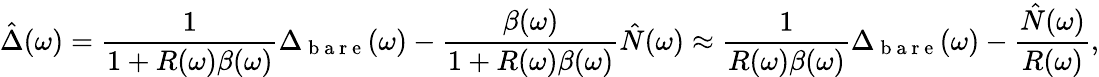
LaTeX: \hat{\Delta}(\omega)=\frac{1}{1+R(\omega)\beta(\omega)}\Delta_{\mathrm{~b~a~r~e~}}(\omega)-\frac{\beta(\omega)}{1+R(\omega)\beta(\omega)}\hat{N}(\omega)\approx\frac{1}{R(\omega)\beta(\omega)}\Delta_{\mathrm{~b~a~r~e~}}(\omega)-\frac{\hat{N}(\omega)}{R(\omega)},